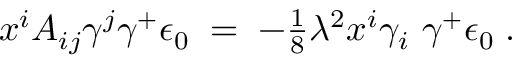
x ^ { i } A _ { i j } \gamma ^ { j } \gamma ^ { + } \epsilon _ { 0 } \; = \; - \textstyle { \frac { 1 } { 8 } } \lambda ^ { 2 } x ^ { i } \gamma _ { i } \ \gamma ^ { + } \epsilon _ { 0 } \; .